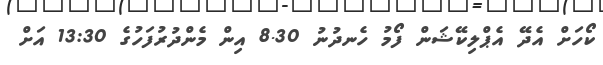
ކޯހަށް އެދޭ އެޕްލިކޭޝަން ފޯމު ހެނދުނު 8.30 އިން މެންދުރުފަހުގެ 13:30 އަށް